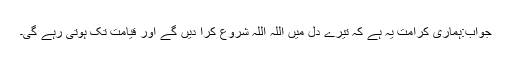
جواب:ہماری کرامت یہ ہے کہ تیرے دل میں اللہ اللہ شروع کرا دیں گے اور قیامت تک ہوتی رہے گی۔